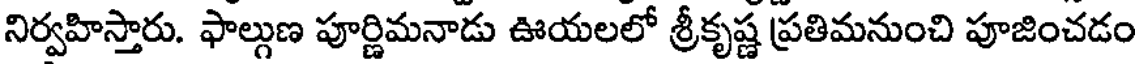
నిర్వహిస్తారు. ఫాల్గుణ పూర్ణిమనాడు ఊయలలో శ్రీకృష్ణ ప్రతిమనుంచి పూజించడం